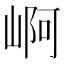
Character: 𡹣